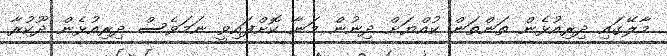
މާލޭގައި ދިރިއުޅެން ތަންތަން ކުއްޔަށް ދިނުން މަނާ ކޮށްފައިވީ ނަމަވެސް ދިރިއުޅެން ދޫކުރާ